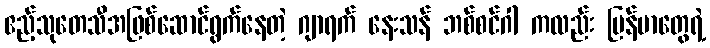
ဧည့်သုတေသီအဖြစ်ဆောင်ရွက်နေတဲ့ ဂျာရက် နေးသန် ဘစ်စင်ဂါ ကလည်း မြန်မာတွေရဲ့